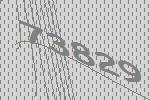
73829